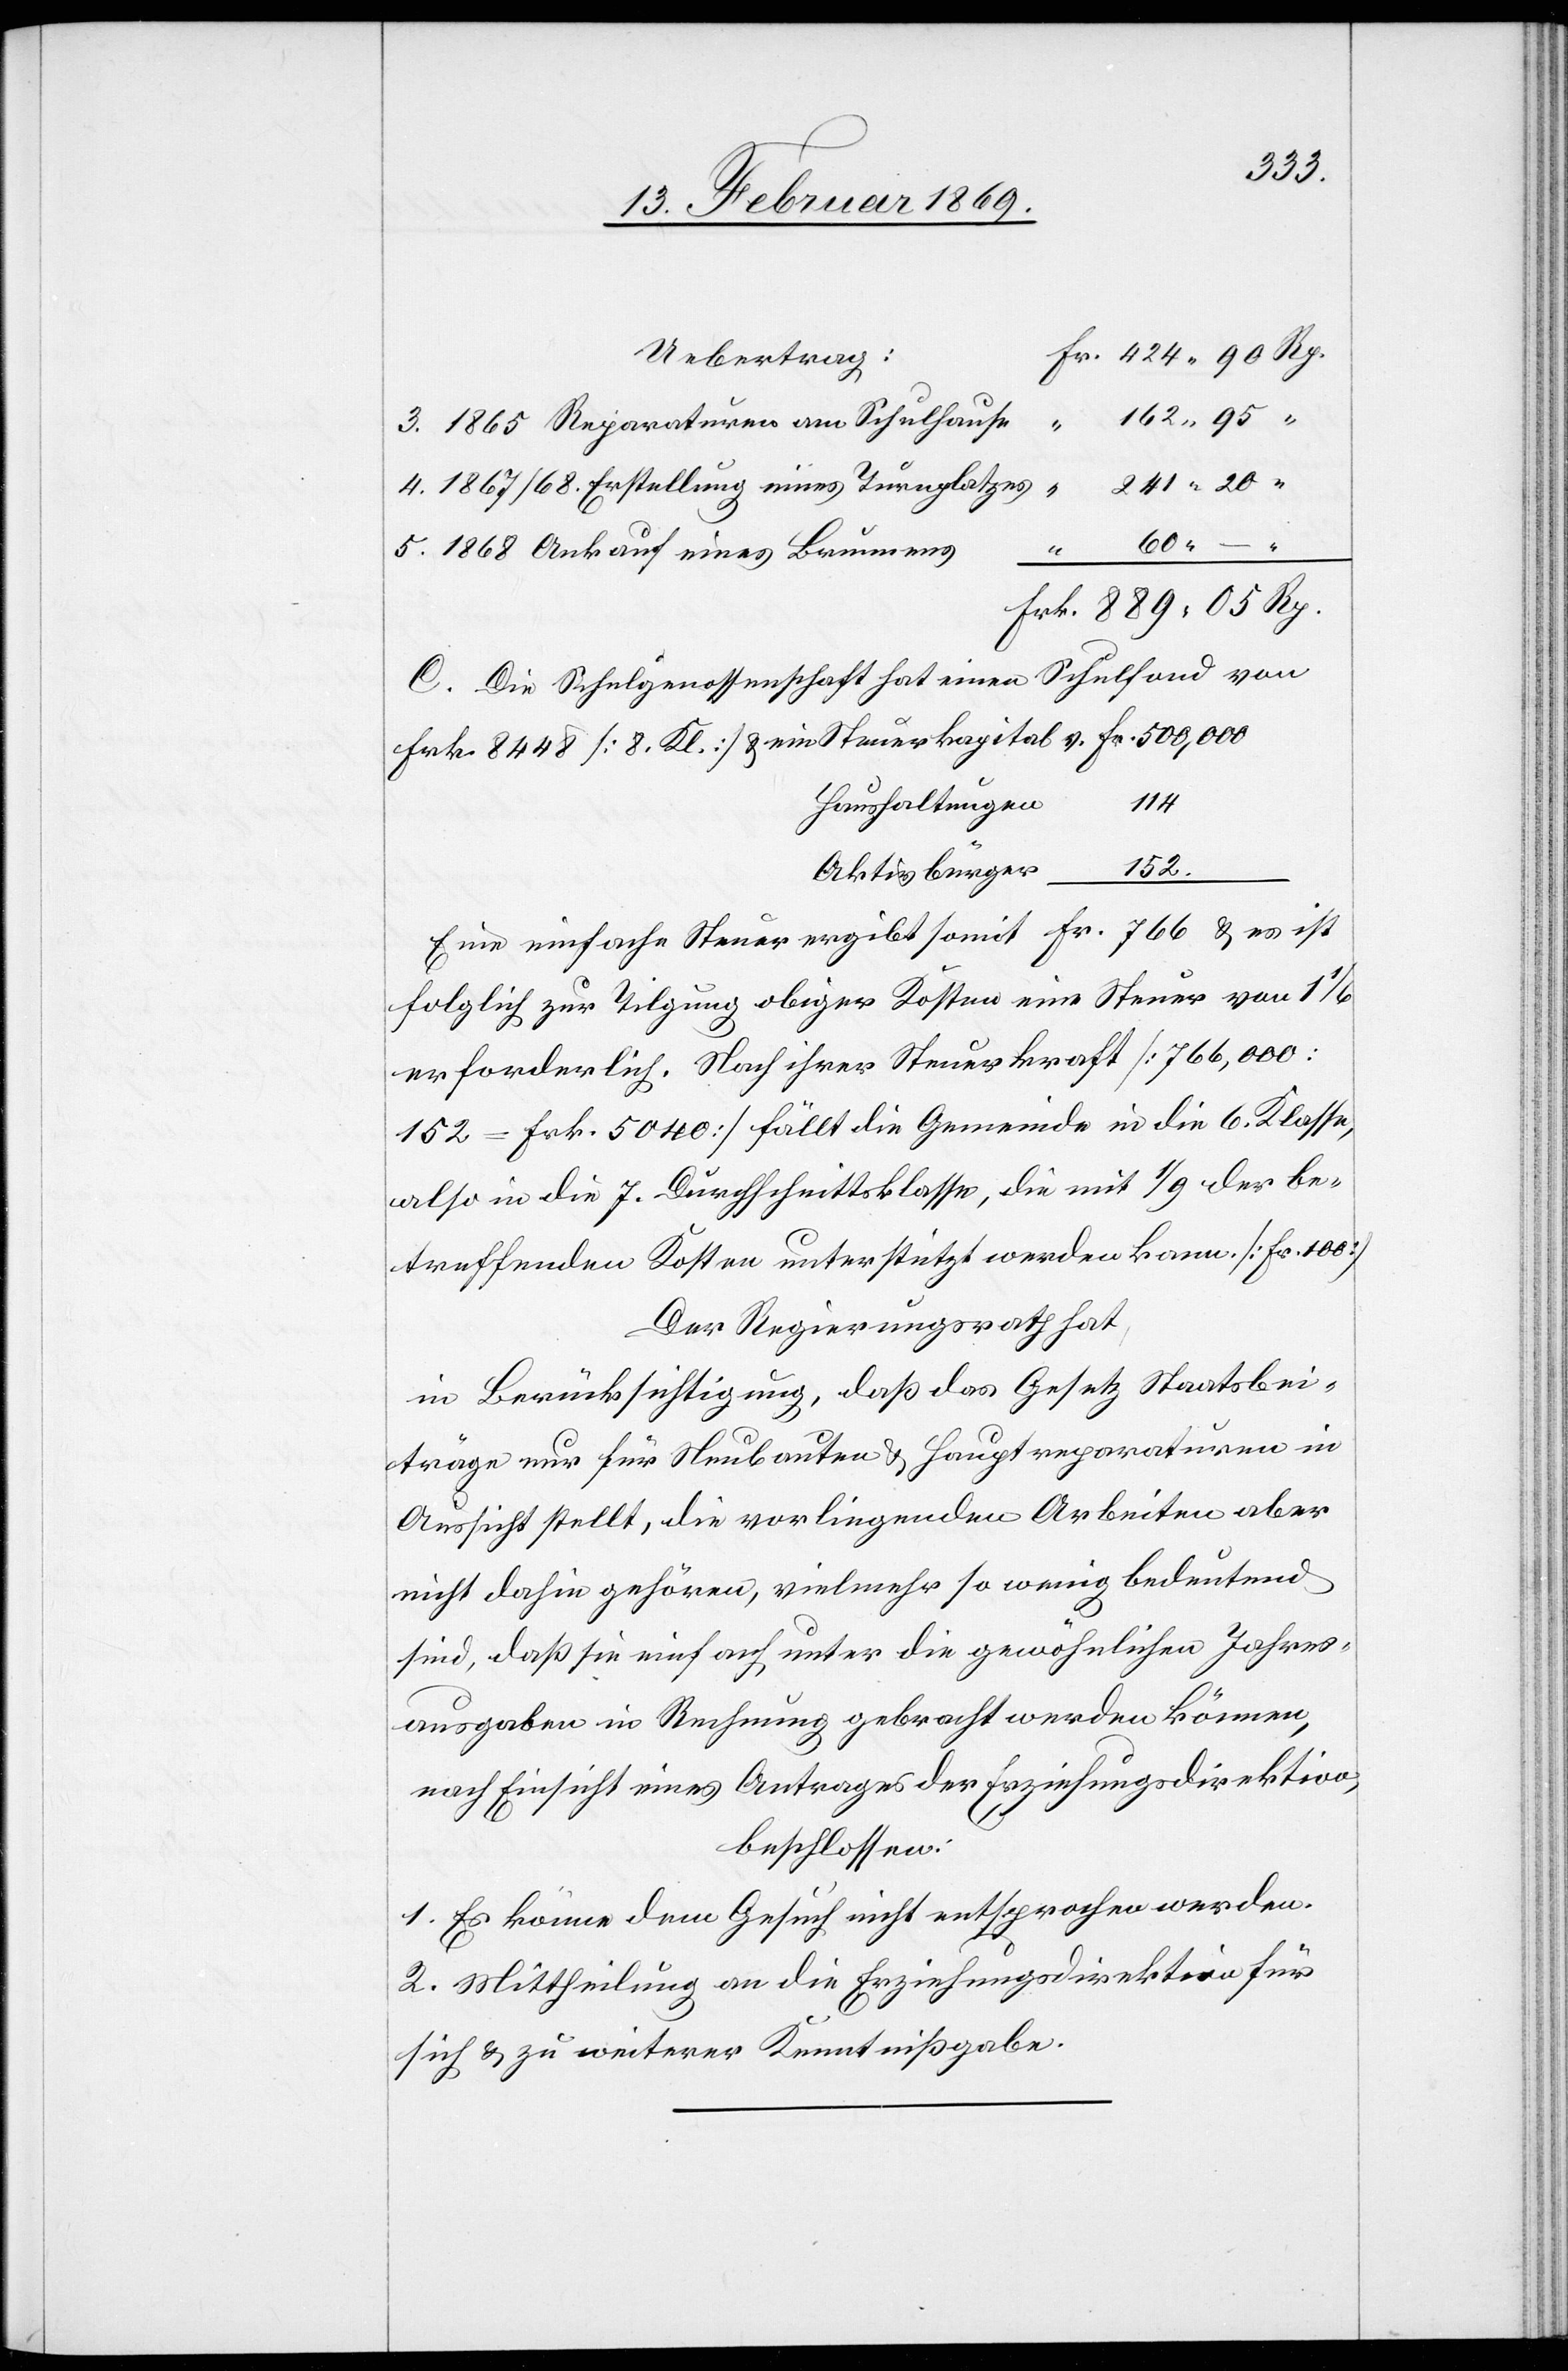
Frk. 424.90 Rp.
Uebertrag:
3. 1865 Reparaturen am Schulhause
4. 1867/68 Erstellung eines Turnplatzes “ 241.20 “
60. – “
5. 1868 Ankauf eines Brunnens
Frk. 889.05 Rp.
C. Die Schulgenossenschaft hat einen Schulfond von
114
Haushaltungen
152.
Aktivbürger
Eine einfache Steuer ergibt somit Fr. 766 u. es ist
folglich zur Tilgung obiger Kosten eine Steuer von 1 1/6
erforderlich. Nach ihrer Steuerkraft [766,000 :
152 = Frk. 5040] fällt die Gemeinde in die 6. Klasse,
also in die 7. Durchschnittklasse, die mit 1/9 der be¬
treffenden Kosten unterstützt werden kann [Fr. 100]
Der Regierungsrath hat,
in Berücksichtigung, daß das Gesetz Staatsbei¬
träge nur für die Neubauten u. Hauptreparaturen in
Aussicht stellt, die vorliegenden Arbeiten aber
nicht dahin gehören, vielmehr so wenig bedeutend
sind, daß sie einfach unter die gewöhnlichen Jahres¬
ausgaben in Rechnung gebracht werden können,
nach Einsicht eines Antrages der Erziehungsdirektion,
beschlossen:
1. Es könne dem Gesuch nicht entsprochen werden.
2. Mittheilung an die Erziehungsdirektion für
sich u. zu weiterer Kenntnißgabe.